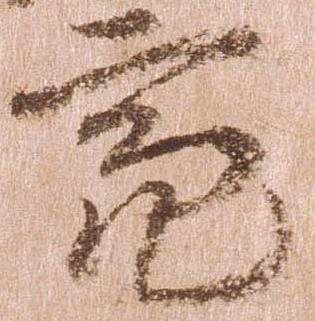
亮